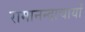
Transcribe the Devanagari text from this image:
रामानन्दाचार्यों